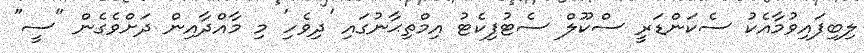
ލިބިފައިވުމާއެކު ސެކަންޑަރީ ސްކޫލް ސެޓުފިކެޓު އިމްތިޙާނުގައި 'ދިވެހި' މި މާއްދާއިން ދަށްވެގެން "ސީ"